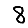
Digit: 8